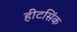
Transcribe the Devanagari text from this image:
हीटसिंक